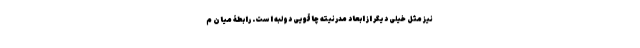
نیز مثل خیلی دیگر از ابعاد مدرنیته چاقویی دولبه است. رابطۀ میان م